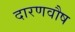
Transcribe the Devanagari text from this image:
दारणवौष